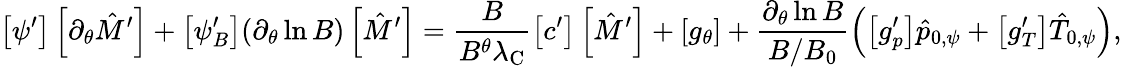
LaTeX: \left[\psi^{\prime}\right]\left[\partial_{\theta}\hat{M}^{\prime}\right]+\left[\psi_{B}^{\prime}\right](\partial_{\theta}\ln B)\left[\hat{M}^{\prime}\right]=\frac{B}{B^{\theta}\lambda_{\mathrm{C}}}\left[c^{\prime}\right]\left[\hat{M}^{\prime}\right]+\left[g_{\theta}\right]+\frac{\partial_{\theta}\ln B}{B/B_{0}}\left(\left[g_{p}^{\prime}\right]\hat{p}_{0,\psi}+\left[g_{T}^{\prime}\right]\hat{T}_{0,\psi}\right),